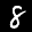
Label: 8